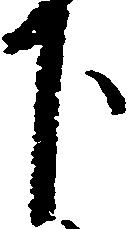
下